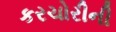
કરચોરીની